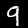
Label: 9